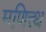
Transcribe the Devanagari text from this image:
मणित्त्थ